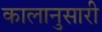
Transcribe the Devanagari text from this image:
कालानुसारी